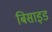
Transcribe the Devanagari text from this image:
बिसाइड